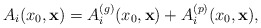
\begin{align*}A_i (x_0, {\bf x}) = A_i^{(g)} (x_0, {\bf x}) + A_i^{(p)} (x_0, {\bf x}),\end{align*}